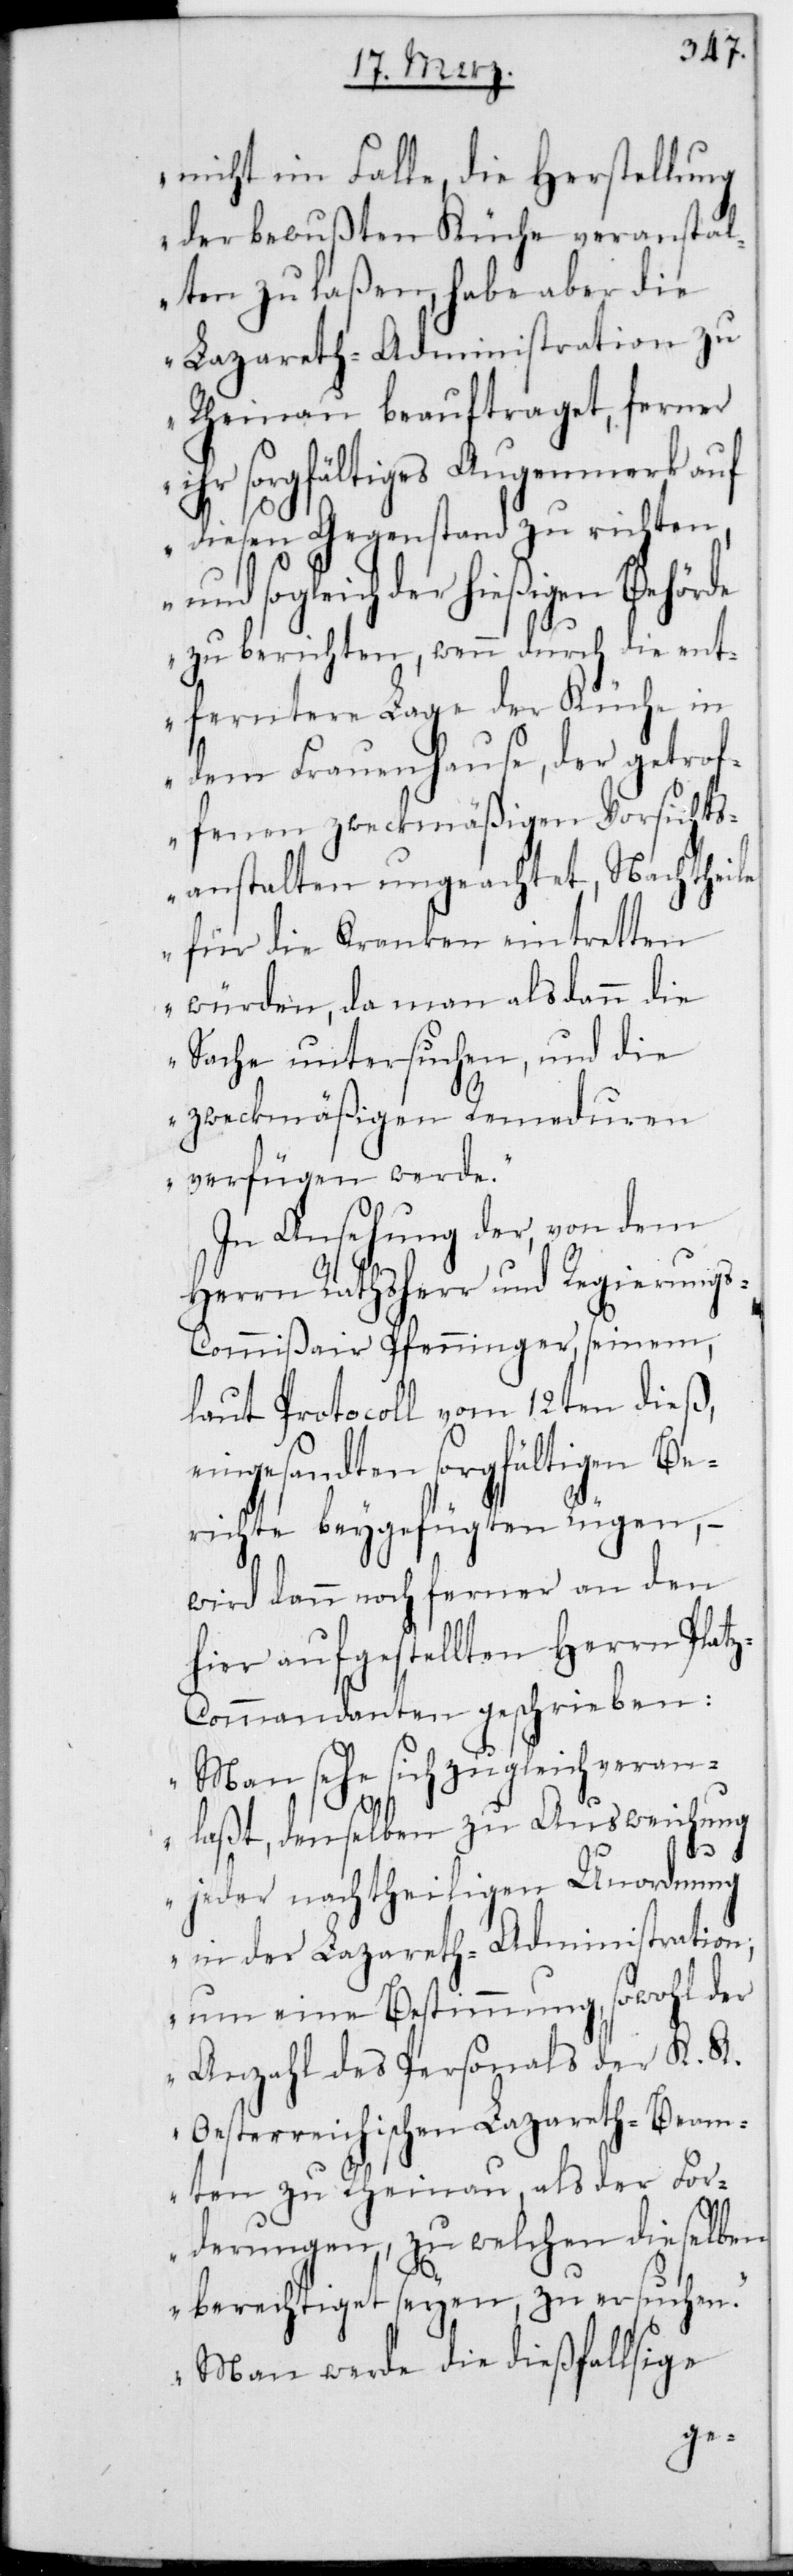
nicht im Falle, die Herstellung
der bewußten Küche veranstal¬
ten zu laßen, habe aber die
Lazareth-Administration zu
Rheinau beauftraget, ferner
sorgfältiges Augenmerk auf
diesen Gegenstand zu richten,
sogleich der hießigen Behörde
zu berichten, wenn durch die ent¬
ferntere Lage der Küche in
dem Frauenhause, der getro¬
ffenen zweckmäßigen Vorsichts¬
anstalten ungeachtet, Nachtheile
für die Kranken eintretten
würden, da man alsdann die
Sache untersuchen und die
zweckmäßigen Remeduren
verfügen werde“.
In Ansehung der von dem
Herrn Rathsherr und Regierung¬
scommißair Pfenninger, seinem
laut Protocoll vom 12ten
eingesandten sorgfältigen Be¬
richte beygefügten Rügen, –
wird dann noch ferner an den
hier aufgestellten Herrn Platz¬
commandanten geschrieben:
„Man sehe sich zugleich veran¬
laßt, denselben zu Ausweichung
jeder Nachtheiligen Unordnung
in der Lazareth-Administration,
um eine Bestimmung sowohl der
Anzahl des Personals der K. K.
Oesterreichischen Lazareth-Beam¬
ten zu Rheinau, als der For¬
derungen, zu welchen dieselben
berechtiget seyen, zu ersuchen.
Man werde die dießfallsige